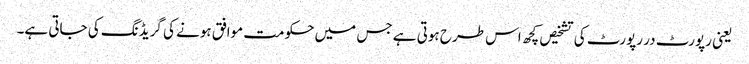
یعنی رپورٹ در رپورٹ کی تشخیص کچھ اس طرح ہوتی ہے جس میں حکومت موافق ہونے کی گریڈنگ کی جاتی ہے۔